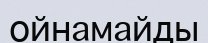
ойнамайды